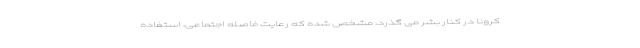
کرونا در کنار بشر می گذرد، مشخص شده که رعایت فاصله اجتماعی، استفاده